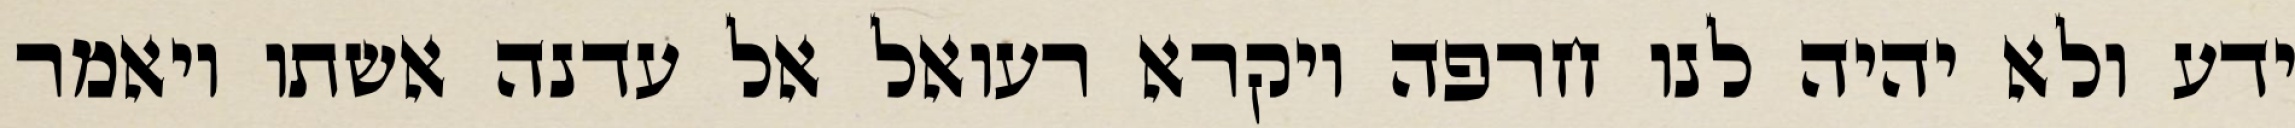
ידע ולא יהיה לנו חרפה ויקרא רעואל אל עדנה אשתו ויאמר